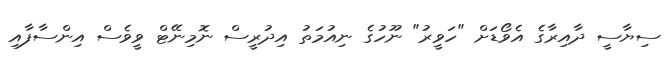
ސިޔާސީ ދާއިރާގެ އެވޯޑަށް "ހަވީރު" ނޫހުގެ ނިއުމަތު އިދުރީސް ނޮމިނޭޓް ވީވެސް އިންސާފާއި